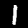
Label: 1